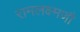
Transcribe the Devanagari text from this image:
रामलक्ष्मणौ